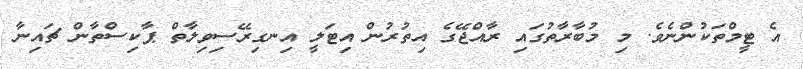
އެ ޓީމްތަކުންނެވެ. މި މުބާރާތުގައި ރާއްޖޭގެ އިތުރުން އިޓަލީ އިނގިރޭސިވިލާތް ޕާކިސްތާން ޗައިނާ